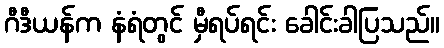
ဂီဒီယန်က နံရံတွင် မှီရပ်ရင်း ခေါင်းခါပြသည်။